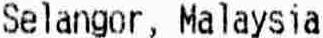
SELANGOR, MALAYSIA